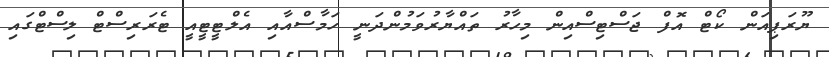
ޔޫރަޕިއަން ކޯޓް އޮފް ޖަސްޓިސްއިން މިހާރު ތައްޔާރުވަމުންދަނީ ހަމާސްއާއި އެލްޓީޓީއީ ޓެރަރިސްޓް ލިސްޓްގައި